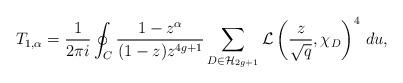
LaTeX: \begin{align*}T_{1,\alpha} = \frac{1}{2 \pi i} \oint_{C} \frac{1 - z^{\alpha}}{(1-z)z^{4g+1}} \sum_{D \in \mathcal{H}_{2g+1}} \mathcal{L} \left( \frac{z}{\sqrt{q}} , \chi_D \right)^4 \, du,\end{align*}